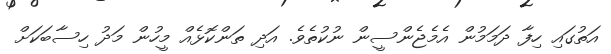
އަތުގައި ހިފާ ދަމަމުން އެމެޖެންސީން ނުކުތެވެ. އަދި ތަންކޮޅެއް މީހުން މަދު ހިސާބަކަށް